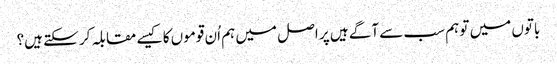
باتوں میں تو ہم سب سے آگے ہیں پر اصل میں ہم اُن قوموں کا کیسے مقابلہ کر سکتے ہیں؟